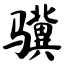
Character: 骥